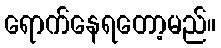
ရောက်နေရတော့မည်။